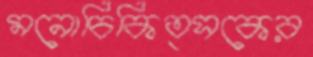
মনোচিকিত্সকের